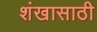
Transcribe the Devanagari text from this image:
शंखासाठी